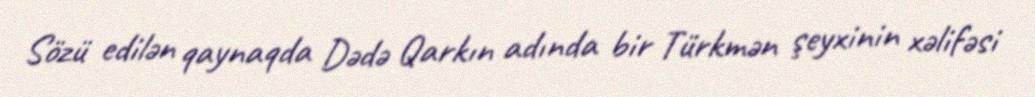
Sözü edilən qaynaqda Dədə Qarkın adında bir Türkmən şeyxinin xəlifəsi